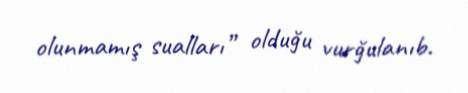
olunmamış sualları” olduğu vurğulanıb.